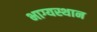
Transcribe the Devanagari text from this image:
भाग्यस्थान